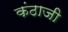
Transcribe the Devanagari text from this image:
कंठाजी